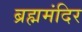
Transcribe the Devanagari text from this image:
ब्रह्ममंदिर